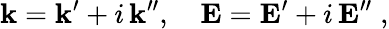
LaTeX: {\mathbf k}={\mathbf k}^{\prime}+i\, {\mathbf k}^{\prime\prime},\quad{\mathbf E}={\mathbf E}^{\prime}+i\, {\mathbf E}^{\prime\prime}\; ,